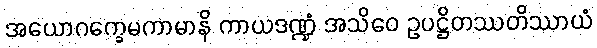
အယောဂက္ခေမကာမာနိ ကာယဒဏ္ဍံ အသိဝေ ဥပဋ္ဌိတဿတိဿာယံ